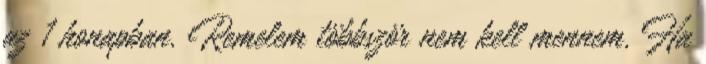
az 1 honapban. Remelem többször nem kell mennem. Ha